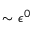
\sim \epsilon ^ { 0 }